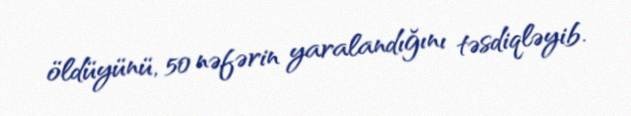
öldüyünü, 50 nəfərin yaralandığını təsdiqləyib.